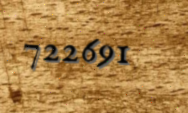
722691